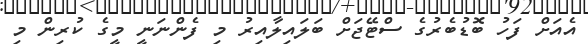
އެއަށް ފަހު ބޮޑުބެރުގެ ސްޓޭޖަށް ބަލައިލާއިރު މި ފެންނަނީ މީގެ ކުރިން މި